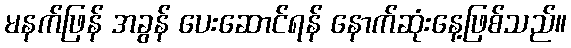
မနက်ဖြန် အခွန် ပေးဆောင်ရန် နောက်ဆုံးနေ့ဖြစ်သည်။